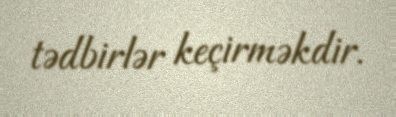
tədbirlər keçirməkdir.